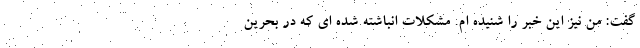
گفت: من نیز این خبر را شنیده ام. مشکلات انباشته شده ای که در بحرین